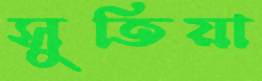
সুতিয়া